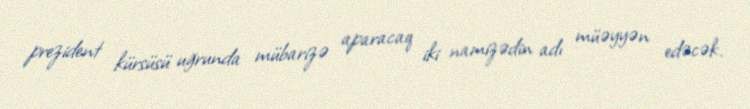
prezident kürsüsü uğrunda mübarizə aparacaq iki namizədin adı müəyyən edəcək.